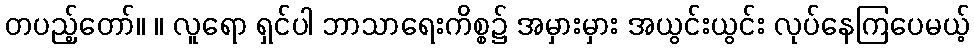
တပည့်တော်။ ။ လူရော ရှင်ပါ ဘာသာရေးကိစ္စ၌ အမှားမှား အယွင်းယွင်း လုပ်နေကြပေမယ့်